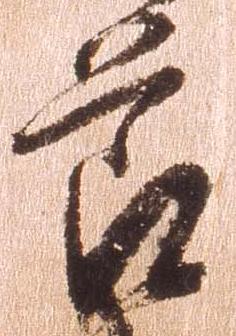
節